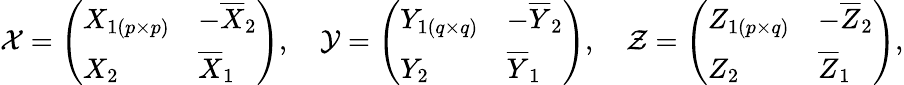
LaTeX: {\mathcal{X}}={\left(\begin{array}{ll}{X_{1(p\times p)}}&{-{\overline{{X}}}_{2}}\\ {X_{2}}&{{\overline{{X}}}_{1}}\end{array}\right)},\quad{\mathcal{Y}}={\left(\begin{array}{ll}{Y_{1(q\times q)}}&{-{\overline{{Y}}}_{2}}\\ {Y_{2}}&{{\overline{{Y}}}_{1}}\end{array}\right)},\quad{\mathcal{Z}}={\left(\begin{array}{ll}{Z_{1(p\times q)}}&{-{\overline{{Z}}}_{2}}\\ {Z_{2}}&{{\overline{{Z}}}_{1}}\end{array}\right)},